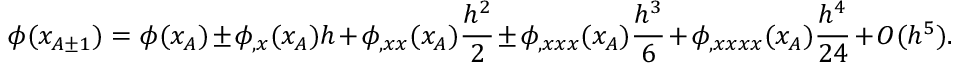
\phi ( x _ { A \pm 1 } ) = \phi ( x _ { A } ) \pm \phi _ { , x } ( x _ { A } ) h + \phi _ { , x x } ( x _ { A } ) \frac { h ^ { 2 } } { 2 } \pm \phi _ { , x x x } ( x _ { A } ) \frac { h ^ { 3 } } { 6 } + \phi _ { , x x x x } ( x _ { A } ) \frac { h ^ { 4 } } { 2 4 } + O ( h ^ { 5 } ) .